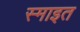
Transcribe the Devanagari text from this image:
स्माइत